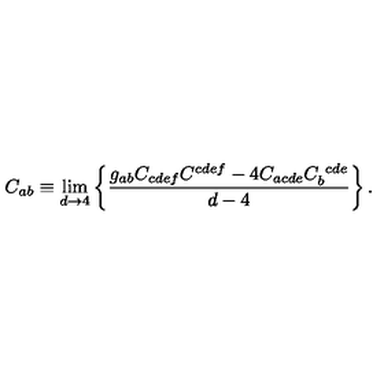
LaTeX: C _ { a b } \equiv \lim _ { d \rightarrow 4 } \left\{ { \frac { g _ { a b } C _ { c d e f } C ^ { c d e f } - 4 C _ { a c d e } C _ { b } ^ { \ c d e } } { d - 4 } } \right\} .